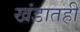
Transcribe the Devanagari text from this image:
खंडातही